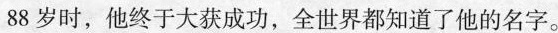
88岁时，他终于大获成功，全世界都知道了他的名字。